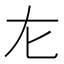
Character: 㔫